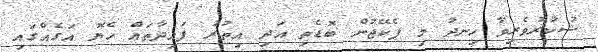
ޝުކުރުވެރިވާ ހިނދު މި ޕެކޭޖުން ބޮޑެތި އަދި އިތުރު ފައިދާތައް ހެޔޮ އަގެއްގައި